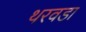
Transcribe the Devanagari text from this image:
थरवडा